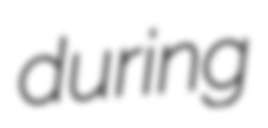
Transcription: during